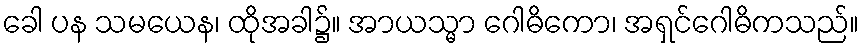
ခေါ ပန သမယေန၊ ထိုအခါ၌။ အာယသ္မာ ဂေါဓိကော၊ အရှင်ဂေါဓိကသည်။